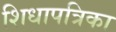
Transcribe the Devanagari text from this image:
शिधापत्रिका